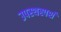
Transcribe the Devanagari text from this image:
उपस्थस्पर्श